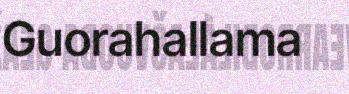
Guorahallama